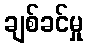
ချစ်ခင်မှု